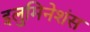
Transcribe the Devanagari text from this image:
इलुमिनेशंस